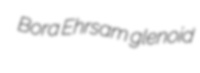
Bora Ehrsam glenoid